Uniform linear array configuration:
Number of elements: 48
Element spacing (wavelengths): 0.25
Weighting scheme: binomial
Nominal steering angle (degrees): -15
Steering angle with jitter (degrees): -13.523
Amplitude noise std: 0.05
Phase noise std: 0.05

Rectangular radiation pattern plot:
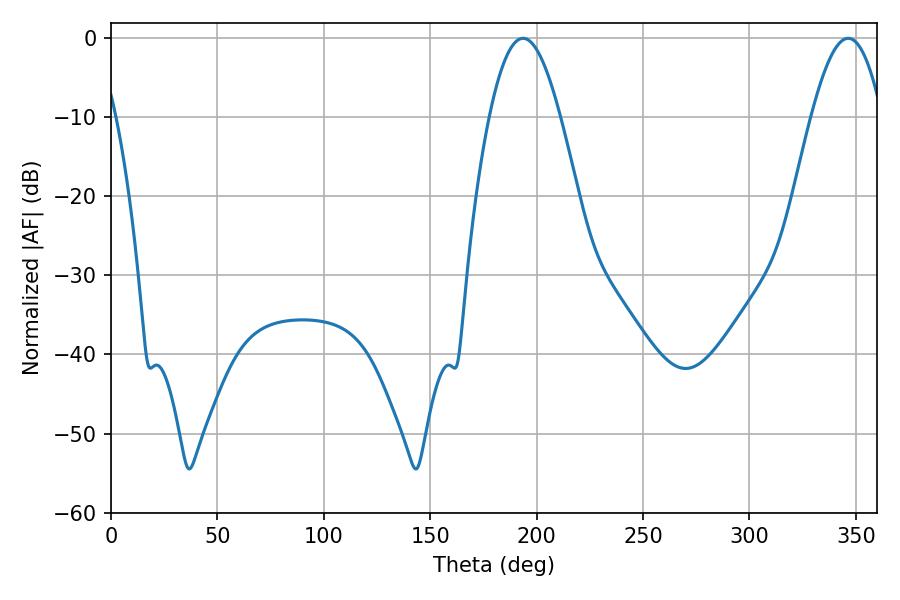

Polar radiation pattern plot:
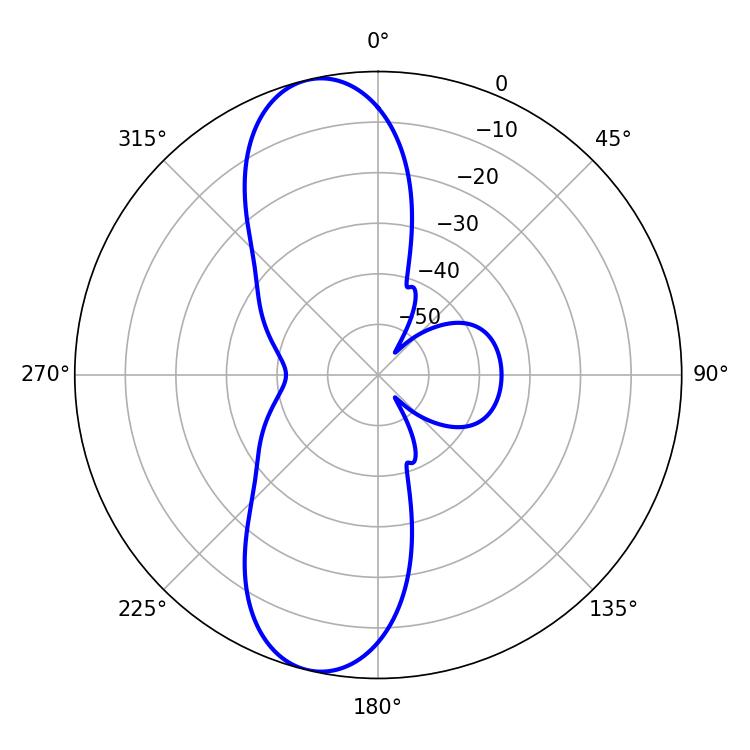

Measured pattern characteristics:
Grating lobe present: FALSE
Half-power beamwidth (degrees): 18
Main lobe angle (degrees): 193.68